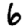
Digit: 6